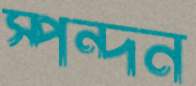
স্পন্দন